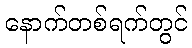
နောက်တစ်ရက်တွင်